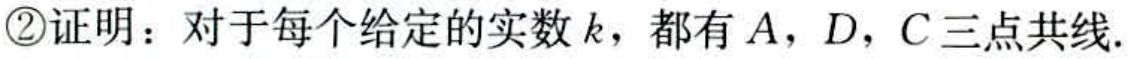
\textcircled{2}证明：对于每个给定的实数\(k\)，都有\(A\)，\(D\)，\(C\)三点共线.